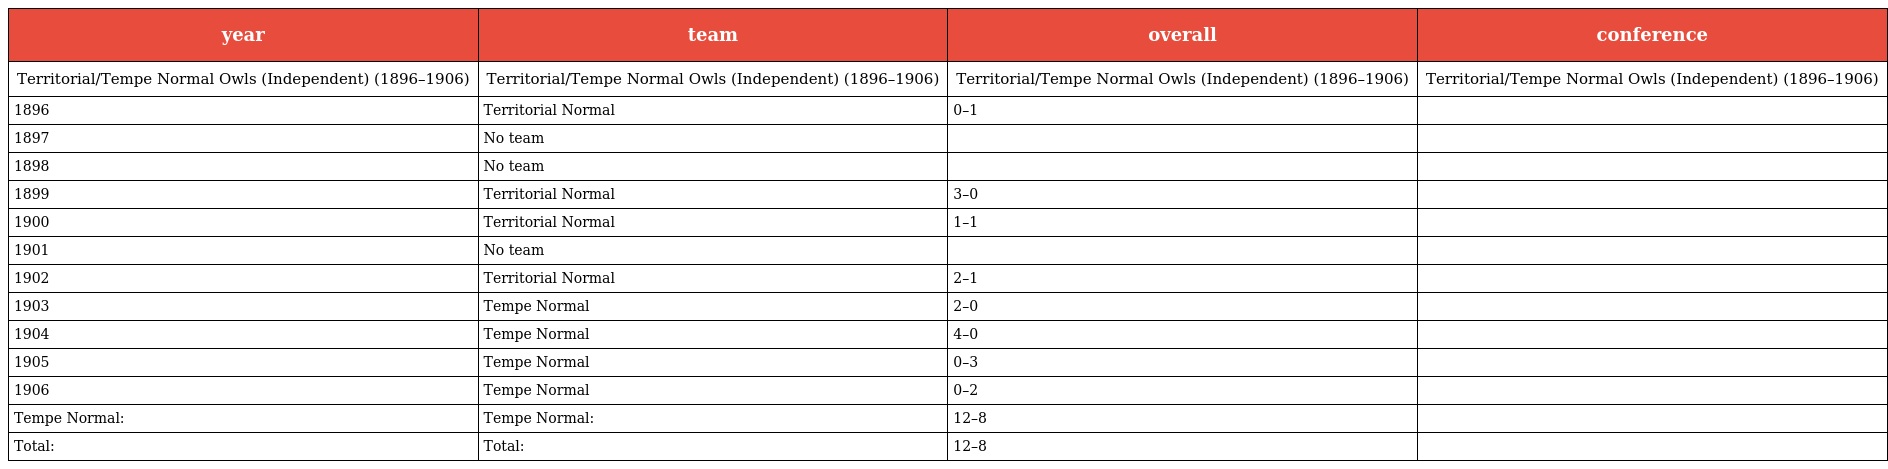
| year | team | overall | conference |
 | --- | --- | --- | --- |
 | Territorial/Tempe Normal Owls (Independent) (1896–1906) | Territorial/Tempe Normal Owls (Independent) (1896–1906) | Territorial/Tempe Normal Owls (Independent) (1896–1906) | Territorial/Tempe Normal Owls (Independent) (1896–1906) |
 | 1896 | Territorial Normal | 0–1 |  |
 | 1897 | No team |  |  |
 | 1898 | No team |  |  |
 | 1899 | Territorial Normal | 3–0 |  |
 | 1900 | Territorial Normal | 1–1 |  |
 | 1901 | No team |  |  |
 | 1902 | Territorial Normal | 2–1 |  |
 | 1903 | Tempe Normal | 2–0 |  |
 | 1904 | Tempe Normal | 4–0 |  |
 | 1905 | Tempe Normal | 0–3 |  |
 | 1906 | Tempe Normal | 0–2 |  |
 | Tempe Normal: | Tempe Normal: | 12–8 |  |
 | Total: | Total: | 12–8 |  |